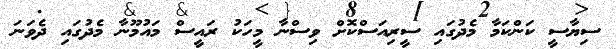
ސިޔާސީ ކަންކަމާ މެދުގައި ސީރިއަސްކޮށް ވިސްނާ މީހަކު ރައީސް މައުމޫނާ މެދުގައި ދެވަނަ